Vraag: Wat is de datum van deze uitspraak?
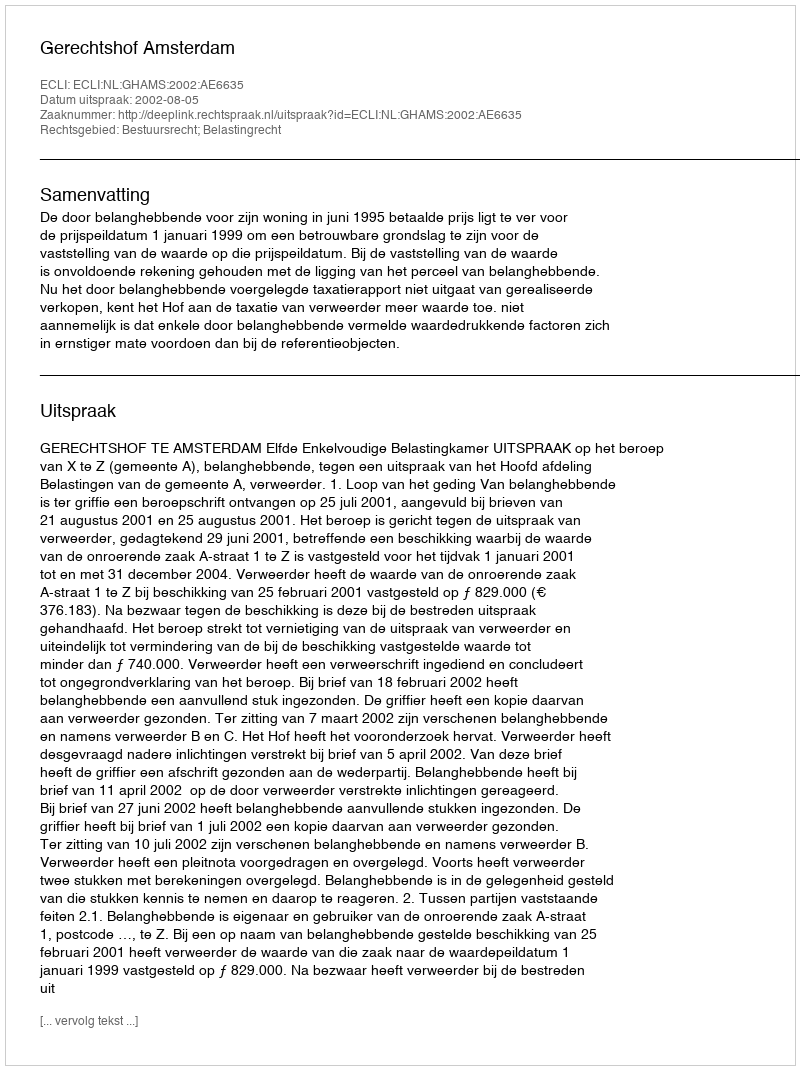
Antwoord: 2002-08-05